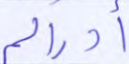
أدراكم